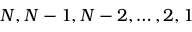
N , N - 1 , N - 2 , \dots , 2 , 1